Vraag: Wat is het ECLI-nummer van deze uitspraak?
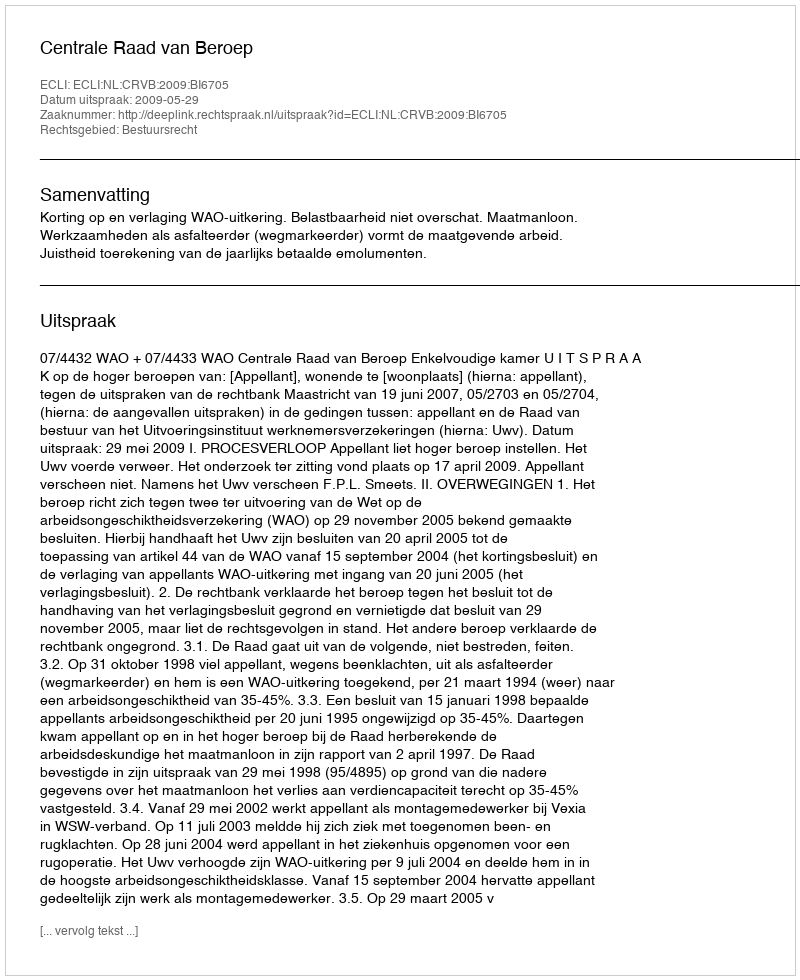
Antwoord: ECLI:NL:CRVB:2009:BI6705